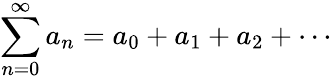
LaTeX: \sum_{n=0}^{\infty}a_{n}=a_{0}+a_{1}+a_{2}+\cdots